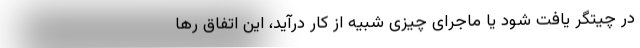
در چیتگر یافت شود یا ماجرای چیزی شبیه از کار درآید، این اتفاق رها